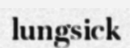
lungsick